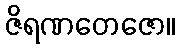
ဇိရဏတေဇော။